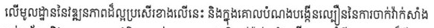
លើមូលដ្ឋាននៃវឌ្ឍនភាពដ៏ល្អប្រសើរខាងលើនេះ និងក្នុងគោលបំណងបង្កើនល្បឿននៃការចាក់វ៉ាក់សាំង